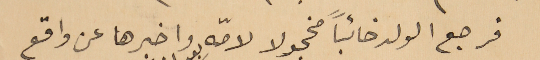
فرجع الولد خائبًا مخجولا لامّه واخبرها عن واقع